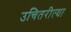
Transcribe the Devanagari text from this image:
उचितरीत्या